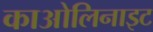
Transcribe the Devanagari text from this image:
काओलिनाइट